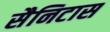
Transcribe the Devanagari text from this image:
सैनिटास